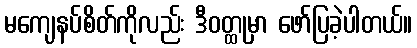
မကျေနပ်စိတ်ကိုလည်း ဒီဝတ္ထုမှာ ဖော်ပြခဲ့ပါတယ်။